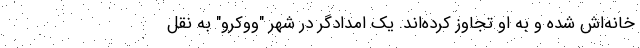
خانه‌اش شده و به او تجاوز کرده‌اند. یک امدادگر در شهر "ووکرو" به نقل